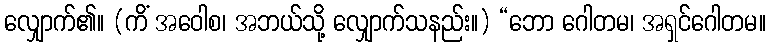
လျှောက်၏။ (ကိံ အဝေါစ၊ အဘယ်သို့ လျှောက်သနည်း။) “ဘော ဂေါတမ၊ အရှင်ဂေါတမ။